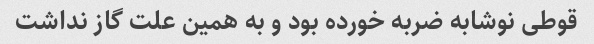
قوطی نوشابه ضربه خورده بود و به همین علت گاز نداشت